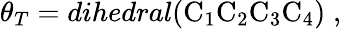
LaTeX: \theta_{T}=dihedral(\mathrm{C}_{1}\mathrm{C}_{2}\mathrm{C}_{3}\mathrm{C}_{4})\; ,